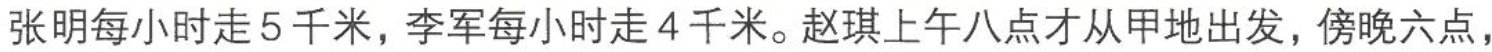
张明每小时走5千米，李军每小时走4千米。赵琪上午八点才从甲地出发，傍晚六点，